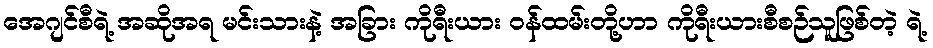
အေဂျင်စီရဲ့ အဆိုအရ မင်းသားနဲ့ အခြား ကိုရီးယား ဝန်ထမ်းတို့ဟာ ကိုရီးယားစီစဉ်သူဖြစ်တဲ့ ရဲ့